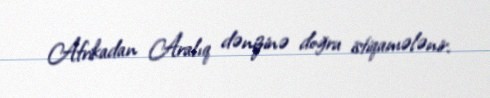
Afrikadan Aralıq dənizinə doğru istiqamələnir.